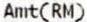
AMT(RM)